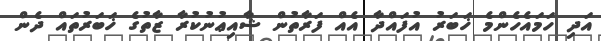
އަދި ހަމައެހެންމެ ޚަބަރު އުފައްދާ އެއް ފަރާތުން ޝާއިޢުނުކުރާ ޒާތުގެ ޚަބަރުތައް ދެން